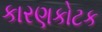
કારણકોટક